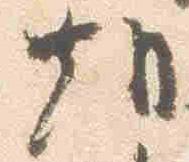
朝